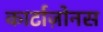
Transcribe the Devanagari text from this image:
कार्टाज़ोनस